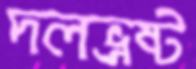
দলভ্রষ্ট